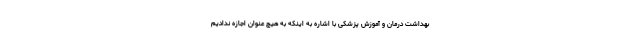
بهداشت درمان و آموزش پزشکی با اشاره به اینکه به هیچ عنوان اجازه ندادیم